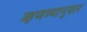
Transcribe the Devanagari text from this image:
म्हणण्यानूसार